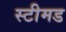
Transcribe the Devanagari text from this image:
स्टीमड